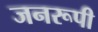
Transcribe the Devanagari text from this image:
जनरूपी